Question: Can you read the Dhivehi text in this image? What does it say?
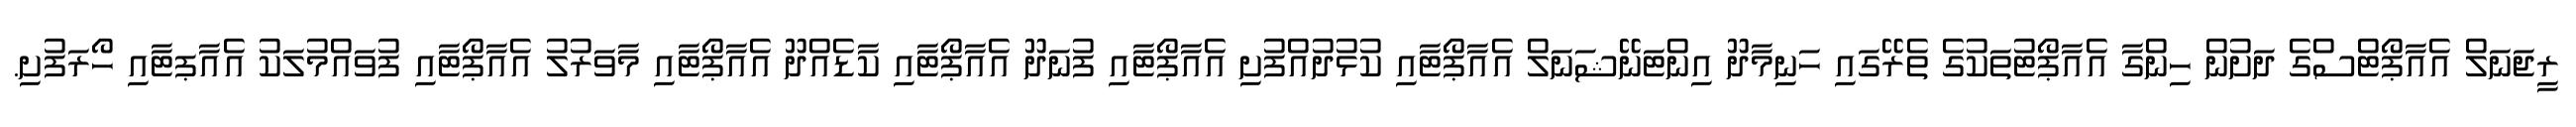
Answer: ރީޖަނަލް އެއާޕޯޓްސްގެ ދަށުން ހިންގާ އެއާޕޯޓުތަކުގެ ތެރޭގައި ހަނިމާދޫ އިންޓަނޭޝަނަލް އެއާޕޯޓާއި ކުޅުދުއްފުށި އެއާޕޯޓާއި ފުނަދޫ އެއާޕޯޓާއި ކާޑެއްދޫ އެއާޕޯޓާއި މާވަރުލު އެއާޕޯޓާއި ފުވައްމުލަކު އެއާޕޓާއި ހޯރަފުށި.